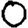
Digit: 0